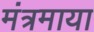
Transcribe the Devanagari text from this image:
मंत्रमाया